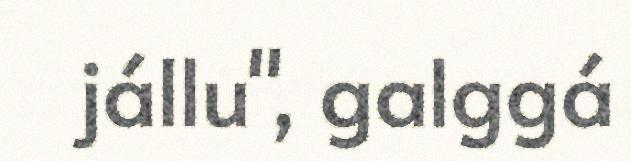
jállu", galggá